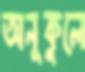
অনূকুলে